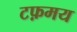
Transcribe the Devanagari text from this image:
टफ़मय